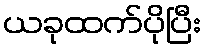
ယခုထက်ပိုပြီး